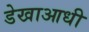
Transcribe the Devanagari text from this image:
डेखाआधी